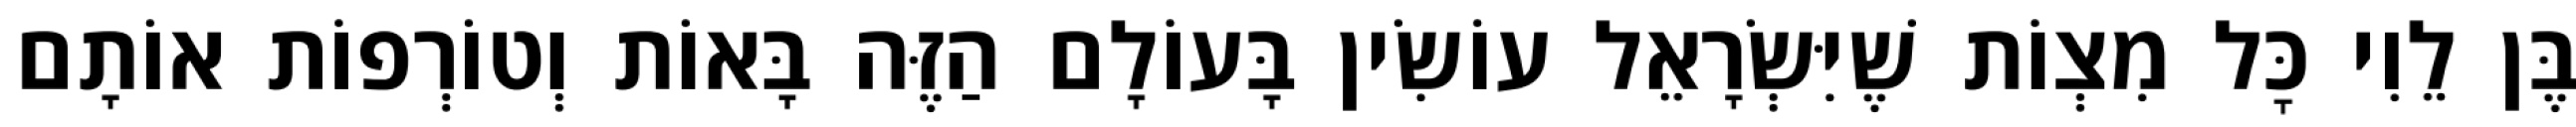
בֶּן לֵוִי כׇּל מִצְוֹת שֶׁיִּשְׂרָאֵל עוֹשִׂין בָּעוֹלָם הַזֶּה בָּאוֹת וְטוֹרְפוֹת אוֹתָם